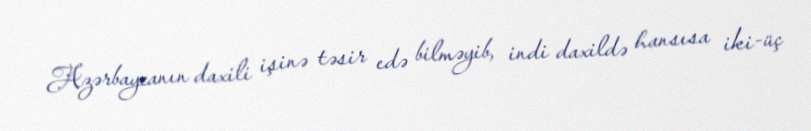
Azərbaycanın daxili işinə təsir edə bilməyib, indi daxildə hansısa iki-üç